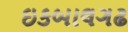
ઇકબાલગઢ